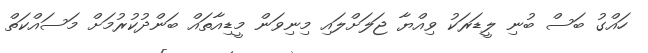
ހައްގު ބަސް ބުނި ލީޑަރަކު ވިއްޔާ ޖަލަށްލައި މިނިވަން މީޑިއާތައް ބަންދުކުރުމަށް މަސައްކަތް